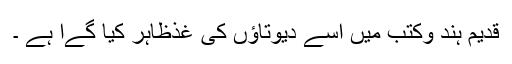
قدیم ہند وکتب میں اسے دیوتاﺅں کی غذظاہر کیا گےا ہے ۔